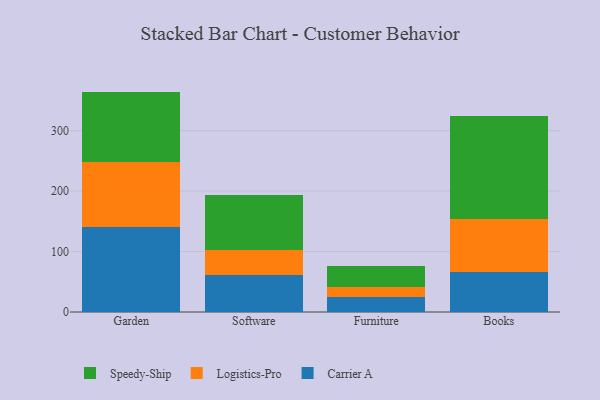
{"axis": {"x": "Category", "y": "Latency (ms)"}, "legend": ["Carrier A", "Logistics-Pro", "Speedy-Ship"], "data": [{"x": "Garden", "y": 140.8, "type": "Carrier A"}, {"x": "Garden", "y": 107.1, "type": "Logistics-Pro"}, {"x": "Garden", "y": 116.7, "type": "Speedy-Ship"}, {"x": "Software", "y": 60.6, "type": "Carrier A"}, {"x": "Software", "y": 42.5, "type": "Logistics-Pro"}, {"x": "Software", "y": 90.4, "type": "Speedy-Ship"}, {"x": "Furniture", "y": 25.5, "type": "Carrier A"}, {"x": "Furniture", "y": 15.7, "type": "Logistics-Pro"}, {"x": "Furniture", "y": 34.1, "type": "Speedy-Ship"}, {"x": "Books", "y": 66.3, "type": "Carrier A"}, {"x": "Books", "y": 87.3, "type": "Logistics-Pro"}, {"x": "Books", "y": 170.8, "type": "Speedy-Ship"}]}